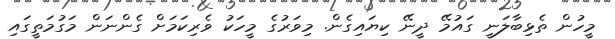
މީހުން ތެޅިބާލަނީ ގައުމޭ ދީނޭ ކިޔައިގެން. މިވަރުގެ މީހަކު ވެރިކަމަށް ގެންނަން މަގުމަތީގައި